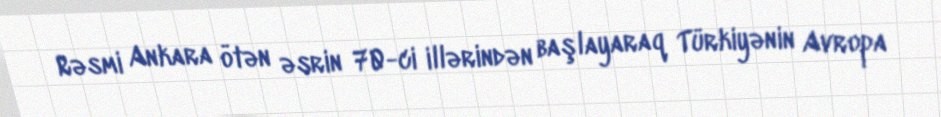
Rəsmi Ankara ötən əsrin 70-ci illərindən başlayaraq Türkiyənin Avropa